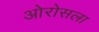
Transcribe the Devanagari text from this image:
ओरोसला